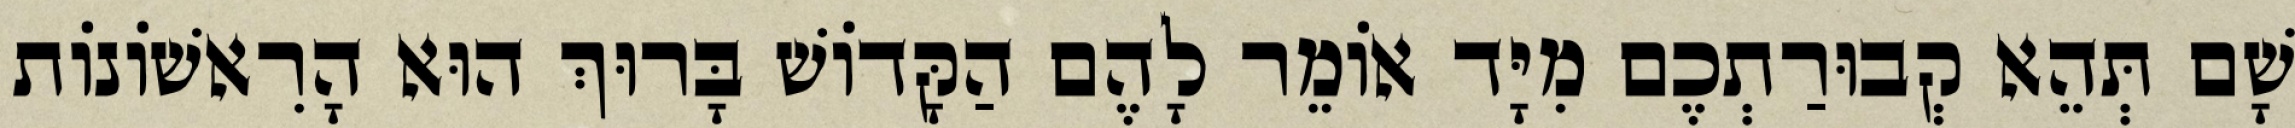
שָׁם תְּהֵא קְבוּרַתְכֶם מִיָּד אוֹמֵר לָהֶם הַקָּדוֹשׁ בָּרוּךְ הוּא הָרִאשׁוֹנוֹת